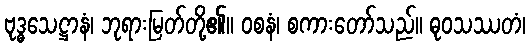
ဗုဒ္ဓသေဋ္ဌာနံ၊ ဘုရားမြတ်တို့၏။ ဝစနံ၊ စကားတော်သည်။ ဓုဝသဿတံ၊